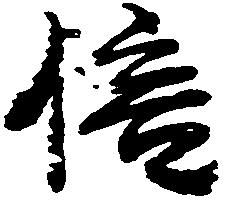
倍